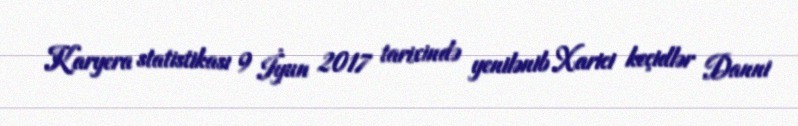
Karyera statistikası 9 İyun 2017 tarixində yenilənib Xarici keçidlər Danni